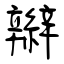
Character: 辮